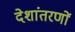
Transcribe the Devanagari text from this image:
देशांतरणों